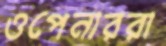
ওপেনাররা